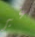
غير